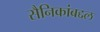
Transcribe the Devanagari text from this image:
सैनिकांबद्दल